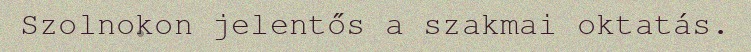
Szolnokon jelentős a szakmai oktatás.